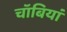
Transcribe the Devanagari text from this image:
चॉबियां